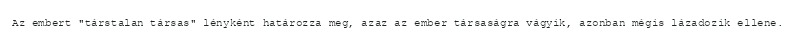
Az embert "társtalan társas" lényként határozza meg, azaz az ember társaságra vágyik, azonban mégis lázadozik ellene.